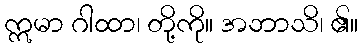
ဣမာ ဂါထာ၊ တို့ကို။ အဘာသိ၊ ၏။